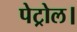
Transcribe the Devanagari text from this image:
पेट्रोल।